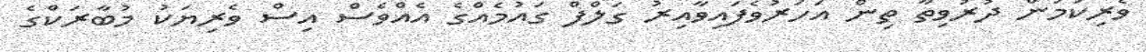
ވެރިކަމުން ދުރުވިތާ ތިން އަހަރުވެފައިވާއިރު ގަލްފް ގައުމެއްގެ އެއްވެސް އިސް ވެރިޔަކު މުބާރަކްގެ